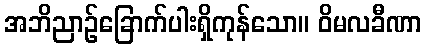
အဘိညာဉ်ခြောက်ပါးရှိကုန်သော။ ဝိမလခီဏာ